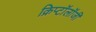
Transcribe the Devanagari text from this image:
क्रिप्टॉलॉजी